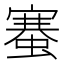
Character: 䗙